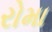
રોમા